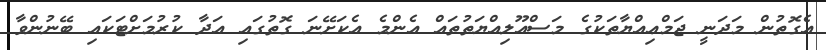
އެގޮތުން މަދަނީ ޖަމްޢިއްޔާތަކުގެ މަސްއޫލިއްޔަތުތައް އެންމެ އެކަށޭނަ ގޮތުގައި އަދާ ކުރުމަށްޓަކައި ބޭނުންވާ